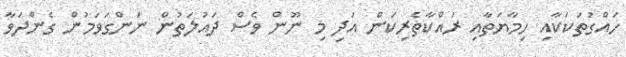
ހައްގުތަކަކާއި ހިމާޔަތާއި ރައްކާތެރިކަން އަދި މި ނޫން ވެސް ދައުލަތުން ނަންގަވަމުން ގެންދަވާ